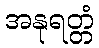
အနုရတ္တံ